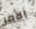
الأمر